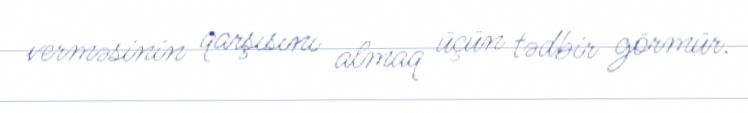
verməsinin qarşısını almaq üçün tədbir görmür.